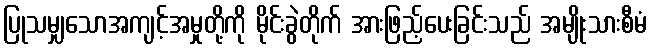
ပြုသမျှသောအကျင့်အမှုတို့ကို မိုင်းခွဲတိုက် အားဖြည့်ပေးခြင်းသည် အမျိုးသားစီမံ